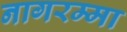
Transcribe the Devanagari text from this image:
नागरम्मा